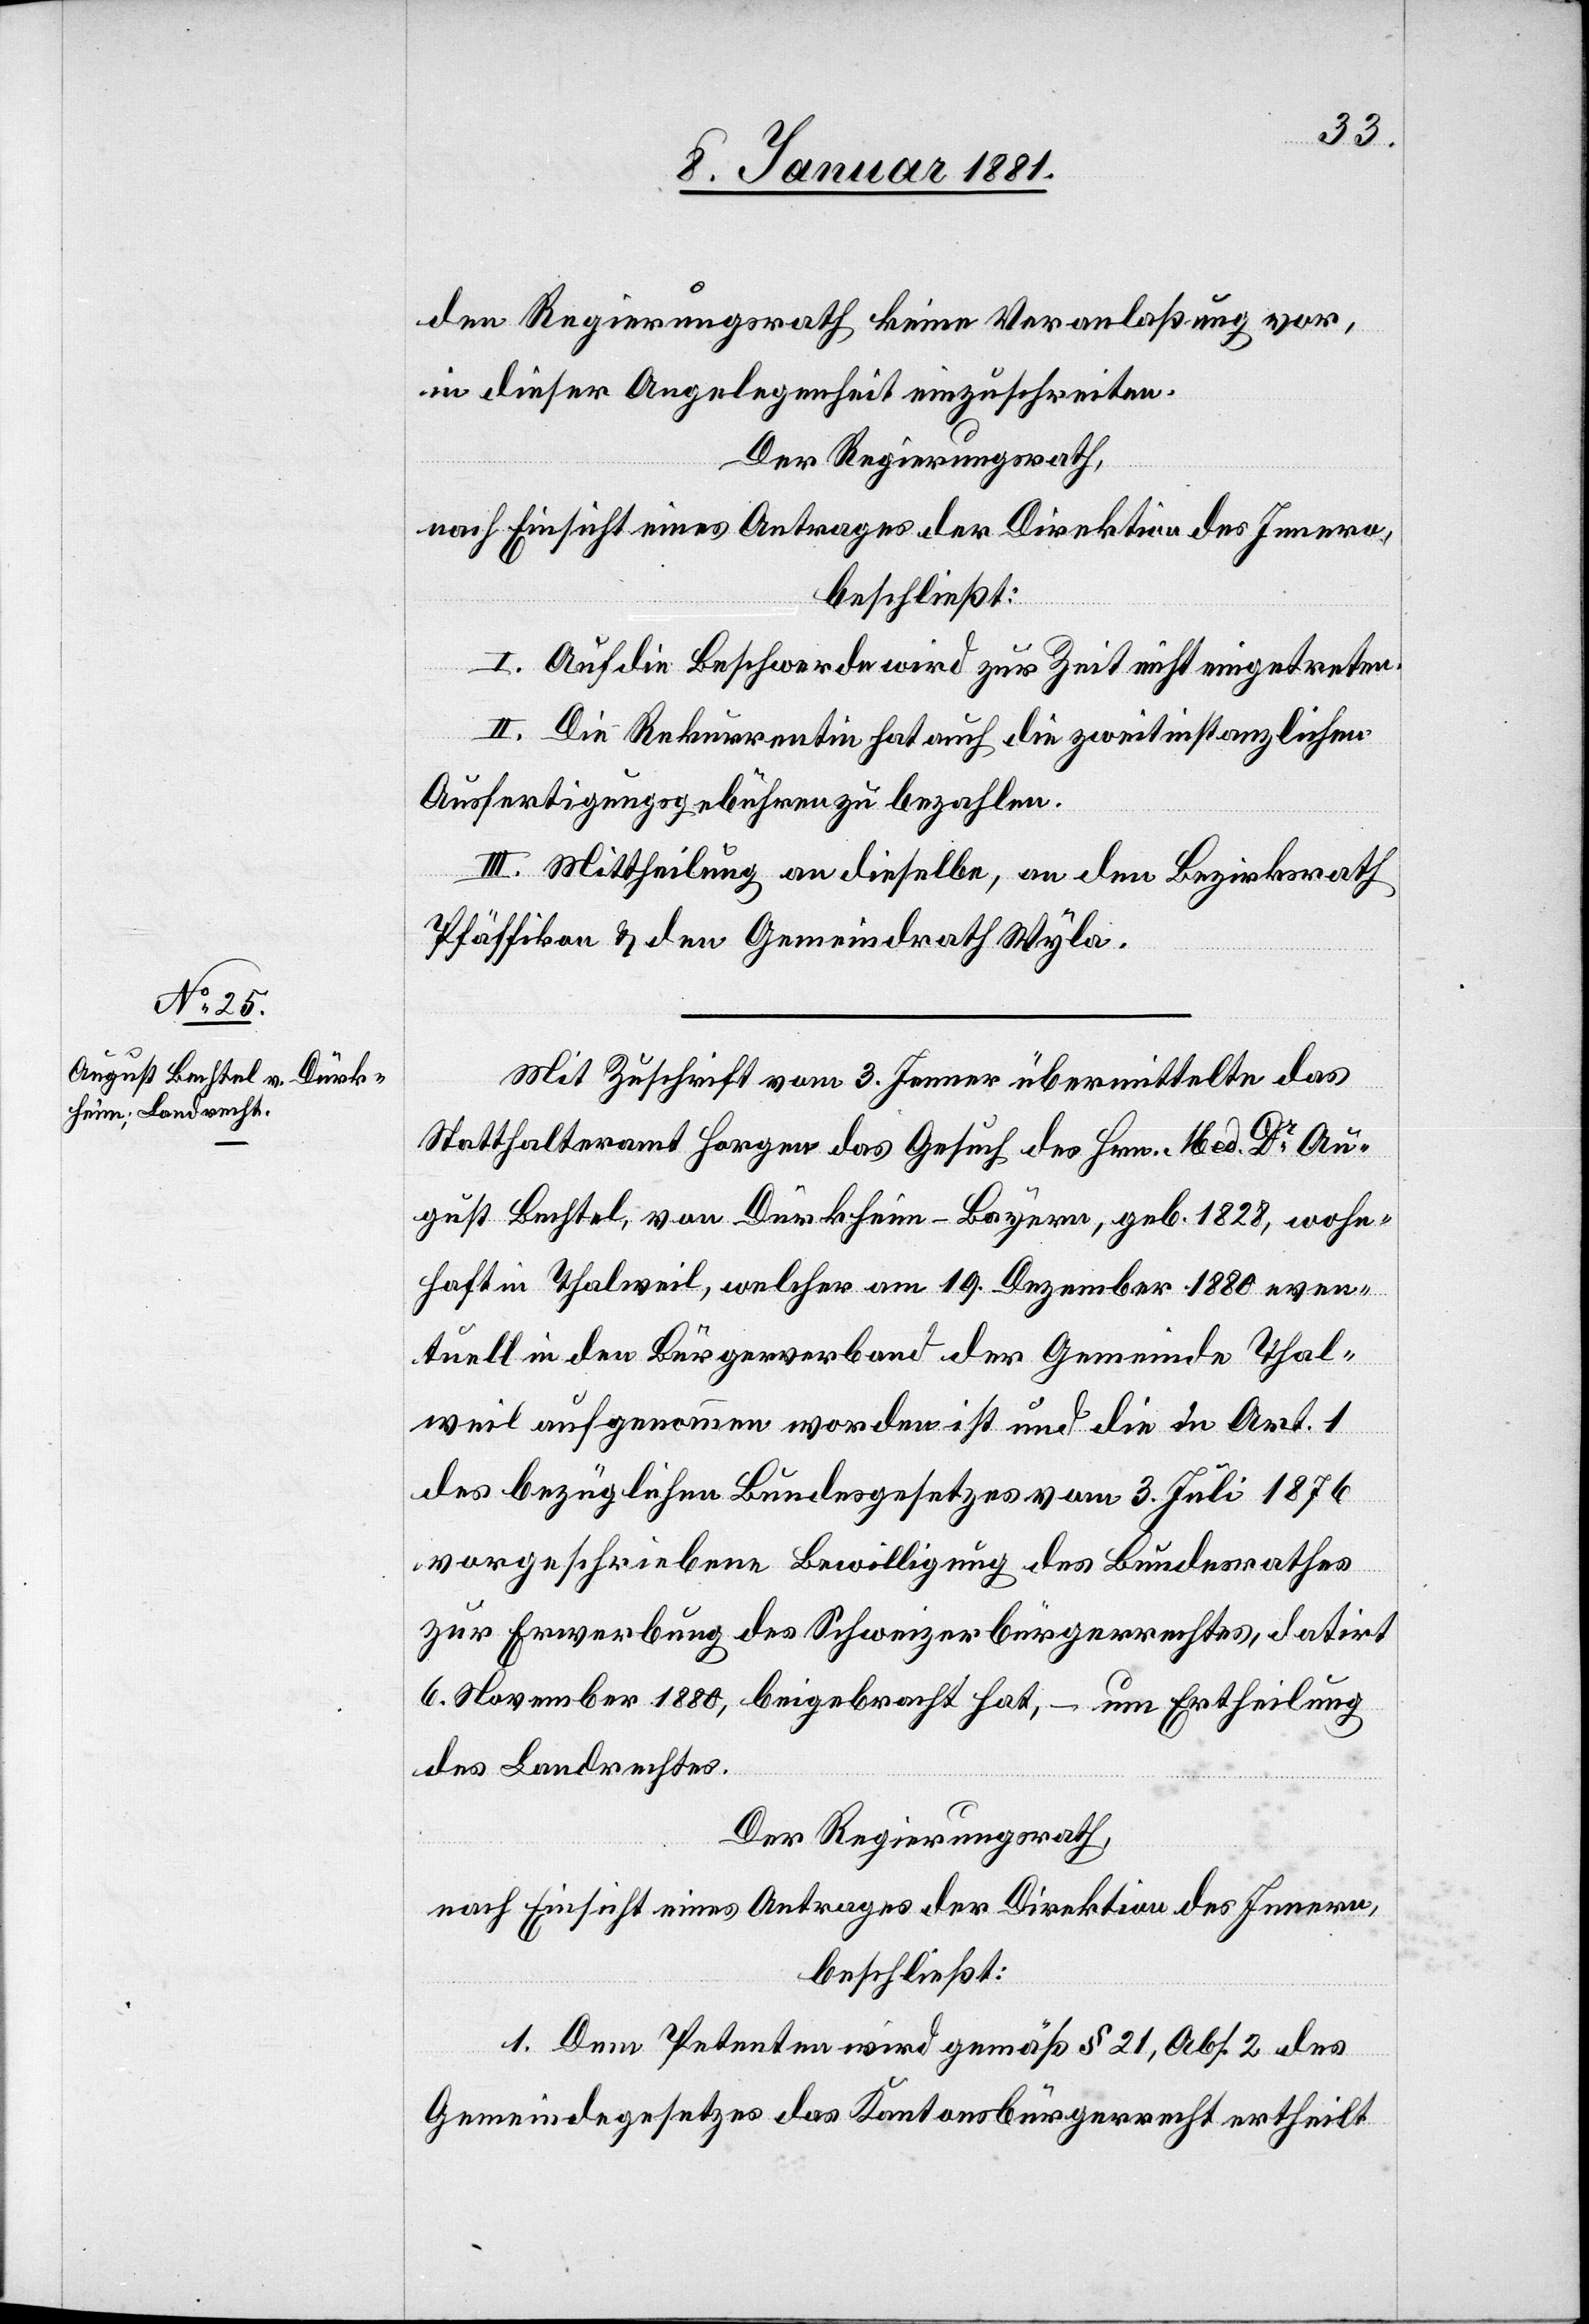
den Regierungsrath keine Veranlaßung vor,
in dieser Angelegenheit einzuschreiten.
Der Regierungsrath,
nach Einsicht eines Antrages der Direktion des Innern,
beschließt:
I. Auf die Beschwerde wird zur Zeit nicht eingetreten.
II. Die Rekurrentin hat auch die zweitinstanzlichen
Ausfertigungsgebühren zu bezahlen.
III. Mittheilung an dieselbe, an den Bezirksrath
Pfäffikon & den Gemeindrath Wyla.
Mit Zuschrift vom 3. Jenner übermittelte das
Statthalteramt Horgen das Gesuch des Hrn. Med. Dr Au¬
gust Bechtel, von Dürkheim - Bayern, geb. 1828, wohn¬
haft in Thalweil, welcher am 19. Dezember 1880 even¬
tuell in den Bürgerverband der Gemeinde Thal¬
weil aufgenommen worden ist und die in Art. 1
des bezüglichen Bundesgesetzes vom 3. Juli 1876
vorgeschriebene Bewilligung des Bundesrathes
zur Erwerbung des Schweizer Bürgerrechtes, datirt
6. November 1880, beigebracht hat, – um Ertheilung
des Landrechtes.
Der Regierungsrath,
nach Einsicht eines Antrages der Direktion des Innern
beschließt:
1. Dem Petenten wird gemäß § 21, Abs. 2 des
Gemeindegesetzes das Kantonsbürgerrecht ertheilt